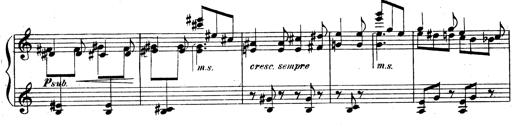
Title: 3 Sonatinas for Piano
Composer: Vissarion Shebalin